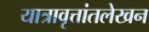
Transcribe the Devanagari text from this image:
यात्रावृत्तांतलेखन